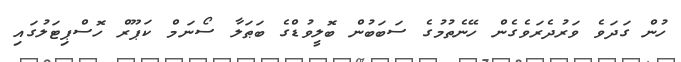
ހުން ގަދަވެ ވަރުދެރަވެގެން ހޭނެތުމުގެ ސަބަބުން ބޮލީވުޑްގެ ބަޠަލާ ސޯނަމް ކަޕޫރް ހޮސްޕިޓަލުގައި